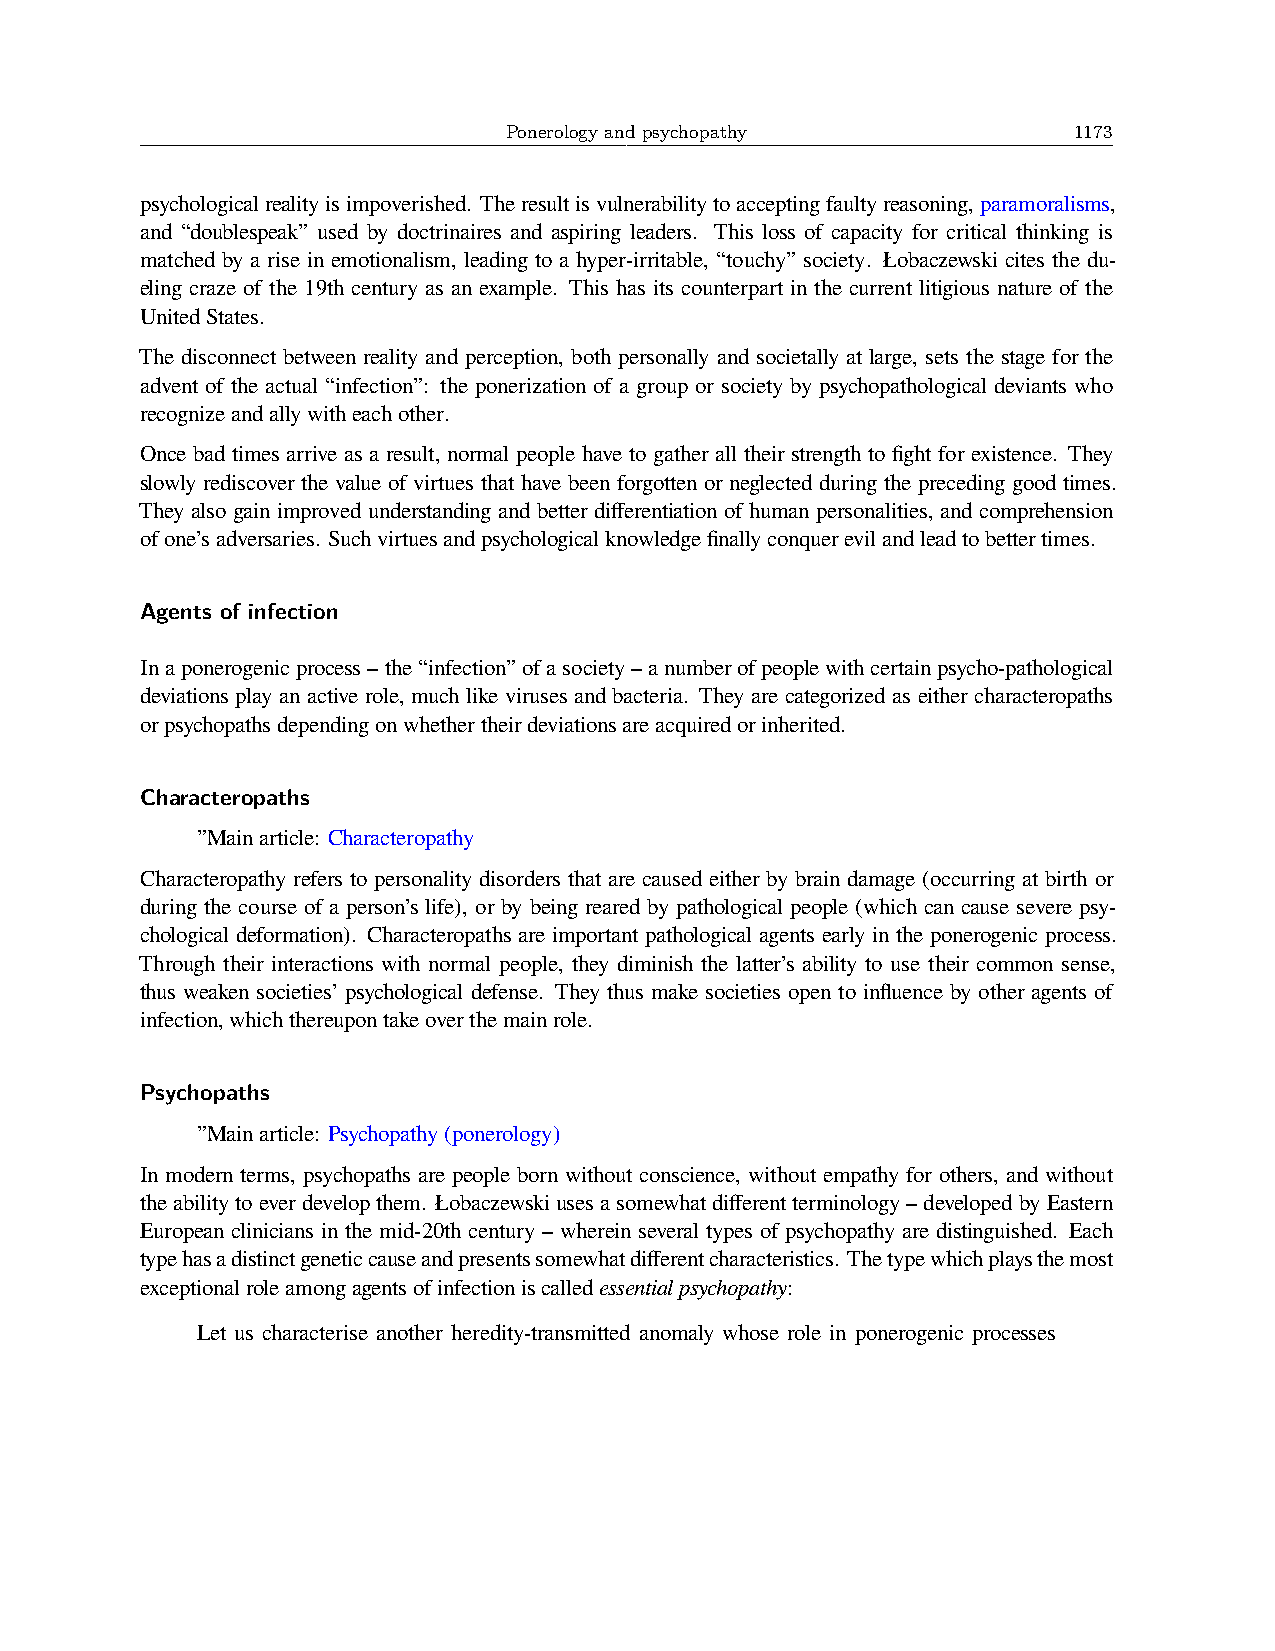
Ponerology and psychopathy            1173
 psychologicalrealityisimpoverished. Theresultisvulnerabilitytoacceptingfaultyreasoning,paramoralisms,
 and “doublespeak” used by doctrinaires and aspiring leaders. This loss of capacity for critical thinking is
 matched by a rise in emotionalism, leading to a hyper-irritable, “touchy” society. Łobaczewski cites the du-
 eling craze of the 19th century as an example. This has its counterpart in the current litigious nature of the
 UnitedStates.
 The disconnect between reality and perception, both personally and societally at large, sets the stage for the
 advent of the actual “infection”: the ponerization of a group or society by psychopathological deviants who
 recognizeandallywitheachother.
 Once bad times arrive as a result, normal people have to gather all their strength to fight for existence. They
 slowly rediscover the value of virtues that have been forgotten or neglected during the preceding good times.
 They also gain improved understanding and better differentiation of human personalities, and comprehension
 ofone’sadversaries. Suchvirtuesandpsychologicalknowledgefinallyconquerevilandleadtobettertimes.
 Agents of infection
 Inaponerogenicprocess–the“infection”ofasociety–anumberofpeoplewithcertainpsycho-pathological
 deviations play an active role, much like viruses and bacteria. They are categorized as either characteropaths
 orpsychopathsdependingonwhethertheirdeviationsareacquiredorinherited.
 Characteropaths
 ”Mainarticle: Characteropathy
 Characteropathy refers to personality disorders that are caused either by brain damage (occurring at birth or
 during the course of a person’s life), or by being reared by pathological people (which can cause severe psy-
 chological deformation). Characteropaths are important pathological agents early in the ponerogenic process.
 Through their interactions with normal people, they diminish the latter’s ability to use their common sense,
 thus weaken societies’ psychological defense. They thus make societies open to influence by other agents of
 infection,whichthereupontakeoverthemainrole.
 Psychopaths
 ”Mainarticle: Psychopathy(ponerology)
 In modern terms, psychopaths are people born without conscience, without empathy for others, and without
 theabilitytoeverdevelopthem. Łobaczewskiusesasomewhatdifferentterminology–developedbyEastern
 European clinicians in the mid-20th century – wherein several types of psychopathy are distinguished. Each
 typehasadistinctgeneticcauseandpresentssomewhatdifferentcharacteristics. Thetypewhichplaysthemost
 exceptionalroleamongagentsofinfectioniscalledessentialpsychopathy:
 Let us characterise another heredity-transmitted anomaly whose role in ponerogenic processes